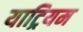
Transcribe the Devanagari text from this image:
याट्रियम